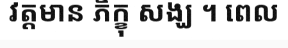
វត្តមាន ភិក្ខុ សង្ឃ ។ ពេល